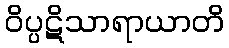
ဝိပ္ပဋိသာရာယာတိ